Lunatic asylums United Prov. 1922-30 - 1922-1930
Year: 1922
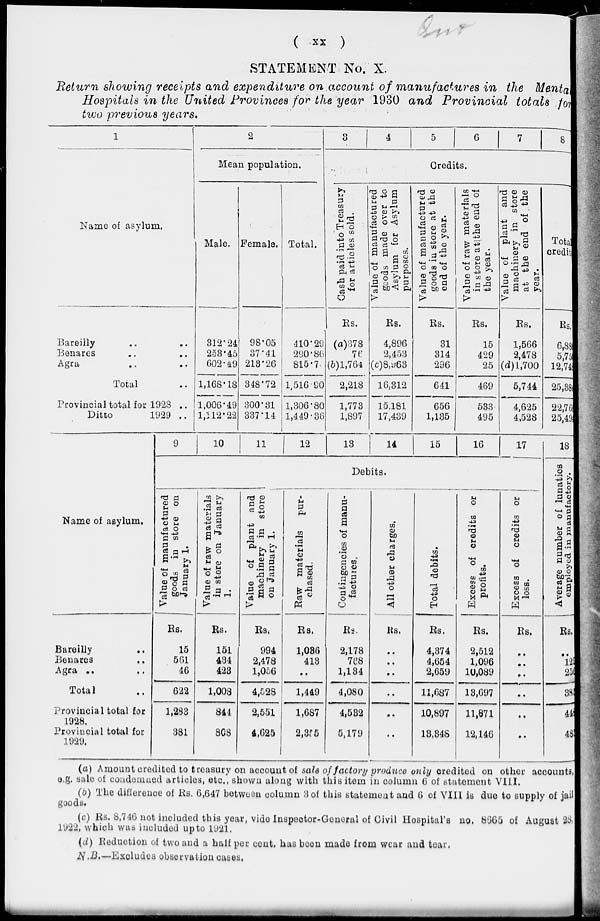
(
xx
)
STATEMENT No. X.
Return showing receipts and expenditure on account of manufactures in the Mental
Hospitals in the United Provinces for the year 1930 and Provincial totals for
two previous years.
1
Name of asylum.
Bareilly .. ..
Benares .. ..
Agra .. ..
Total ..
Provincial total for 1923 ..
Ditto
1929 ..
2
Mean population.
Male.
312.24
253.45
602.49
1,168.18
1,006.49
1,112.22
Female.
98.05
37.41
213.26
348.72
300.31
337.14
Total.
410.29
290.86
815.7
1,516.90
1,306.80
1,449.36
3
4
5
6
7
8
Credits.
Cash
paid into Treasury
for articles sold.
Rs.
(a)378
76
(b)1,764
2,218
1,773
1,897
Value of manufactured
goods made over to
Asylum for Asylum
purposes.
Rs.
4,896
2,453
(c)8,963
16,312
15,181
17,439
Value of manufactured
goods in store at the
end of the year.
Rs.
31
314
296
641
656
1,135
Value of raw materials
in store at the end of
the year.
Rs.
15
429
25
469
533
495
Value of plant and
machinery in store
at the end of the
year.
Rs.
1,566
2,478
(d)l,700
5,744
4,625
4,528
Total
credit.
Rs.
6,83
5,75
12,748
25,88
22,76
25,49
Name of asylum.
Bareilly ..
Benares ..
Agra .. ..
Total ..
Provincial total for
1928.
Provincial total for
1929.
9
10
11
12
13
14
15
16
17
Debits.
Value of manufactured
goods in store on
January 1.
Rs.
15
561
46
622
1,283
381
Value of raw materials
in store on January
1.
Rs.
151
434
428
1,008
844
808
Value of plant and
machinery in store
on January 1.
Rs.
994
2,478
1,056
4,528
2,551
4,625
Raw materials pur-
chased.
Rs.
1,086
413
..
1,449
1,687
2,355
Contingencies of manu-
factures.
Rs.
2,178
768
1,134
4,080
4,532
5,179
All other charges.
Rs.
..
..
..
..
..
..
Total debits.
Rs.
4,374
4,654
2,659
11,687
10,897
13,348
Excess of credits or
profits.
Rs.
2,512
1,096
10,089
13,697
11,871
12,146
Excess of credits or
loss.
Rs.
..
..
..
..
..
..
18
Average number of lunatics
employed in manufactory.
Rs.
..
129
250
385
448
485
(a) Amount credited to treasury on account of said of factory produce only credited on other accounts,
e.g. sale of condemned articles, etc., shown along with this item in column 6 of statement V11I.
(b) The difference of Rs. 6,647 between column 3 of this statement and 6 of VIII is due to supply of jail
goods.
(c) Rs. 8,746 not included this year, vide Inspector-General of Civil Hospital's no. 8665 of August 28
1922, which was included up to 1921.
(d) Reduction of two and a half per cent. has been made from wear and tear.
N.B.—Excludes observation cases.